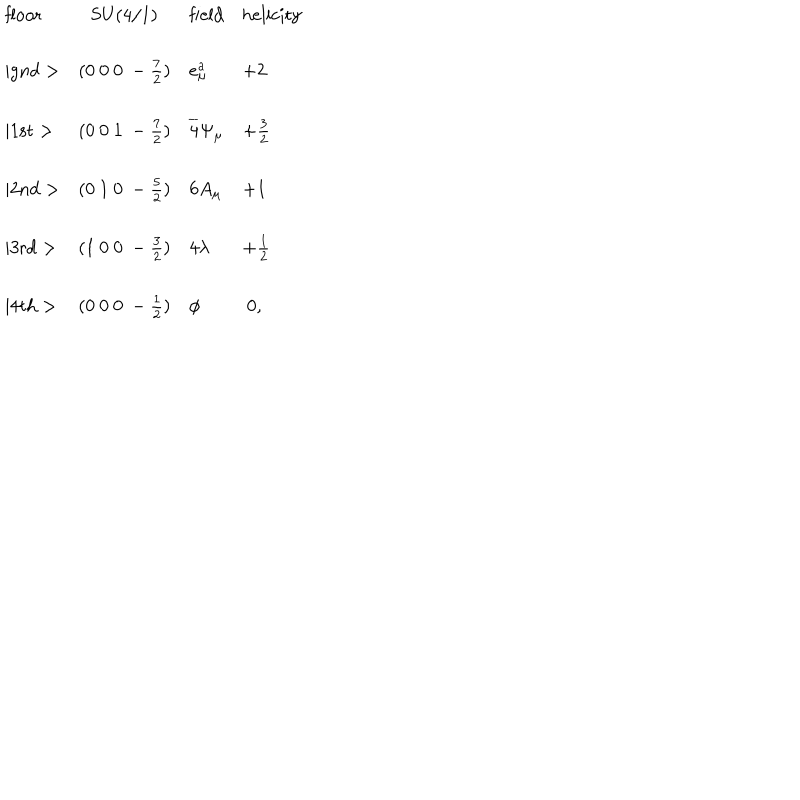
LaTeX: \begin{array} { l c l l } { { \mathrm { f l o o r } } } & { { \mathrm { S U ( 4 / 1 ) } } } & { { \mathrm { f i e l d } } } & { { \mathrm { h e l i c i t y } } } \\ { { \mid \mathrm { g n d } > } } & { { ( 0 ~ 0 ~ 0 ~ - \frac { 7 } { 2 } ) } } & { { e _ { \mu } ^ { a } } } & { { + 2 } } \\ { { \mid \mathrm { 1 s t } > } } & { { ( 0 ~ 0 ~ 1 ~ - \frac { 7 } { 2 } ) } } & { { \overline { { 4 } } \Psi _ { \mu } } } & { { + \frac { 3 } { 2 } } } \\ { { \mid \mathrm { 2 n d } > } } & { { ( 0 ~ 1 ~ 0 ~ - \frac { 5 } { 2 } ) } } & { { 6 A _ { \mu } } } & { { + 1 } } \\ { { \mid \mathrm { 3 r d } > } } & { { ( 1 ~ 0 ~ 0 ~ - \frac { 3 } { 2 } ) } } & { { 4 \lambda } } & { { + \frac { 1 } { 2 } } } \\ { { \mid \mathrm { 4 t h } > } } & { { ( 0 ~ 0 ~ 0 ~ - \frac { 1 } { 2 } ) } } & { { \phi } } & { { ~ 0 , } } \\ \end{array}